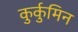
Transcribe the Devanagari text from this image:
कुर्कुमिन